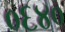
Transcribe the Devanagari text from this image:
०६४०